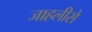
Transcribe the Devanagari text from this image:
जाहलीसे